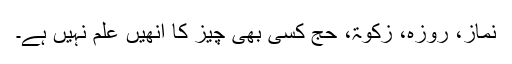
نماز، روزہ، زکوٰۃ، حج کسی بھی چیز کا انھیں علم نہیں ہے۔